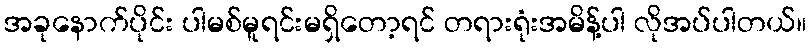
အခုနောက်ပိုင်း ပါမစ်မူရင်းမရှိတော့ရင် တရားရုံးအမိန့်ပါ လိုအပ်ပါတယ်။